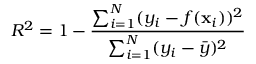
R ^ { 2 } = 1 - \frac { \sum _ { i = 1 } ^ { N } ( y _ { i } - f ( \mathbf { x } _ { i } ) ) ^ { 2 } } { \sum _ { i = 1 } ^ { N } ( y _ { i } - \bar { y } ) ^ { 2 } }